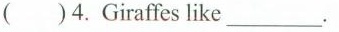
( )4.Giraffes like_________.